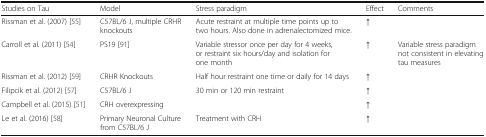
| Studies on Tau | Model | Stress paradigm | Effect | Comments |
 | --- | --- | --- | --- | --- |
 | Rissman et al. (2007) [55] | C57BL/6 J, multiple CRHR knockouts | Acute restraint at multiple time points up to two hours. Also done in adrenalectomized mice. | ↑ |  |
 | Carroll et al. (2011) [54] | PS19 [91] | Variable stressor once per day for 4 weeks, or restraint six hours/day and isolation for one month | ↑ | Variable stress paradigm not consistent in elevating tau measures |
 | Rissman et al. (2012) [59] | CRHR Knockouts | Half hour restraint one time or daily for 14 days | ↑ |  |
 | Filipcik et al. (2012) [57] | C57BL/6 J | 30 min or 120 min restraint | ↑ |  |
 | Campbell et al. (2015) [51] | CRH overexpressing |  | ↑ |  |
 | Le et al. (2016) [58] | Primary Neuronal Culture from C57BL/6 J | Treatment with CRH | ↑ |  |